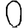
Digit: 0